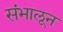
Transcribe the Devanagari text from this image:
संभालून